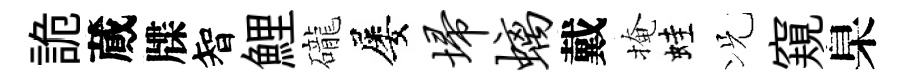
詭蕆牒智鯉礲屡埽螭戴掩蛙况窺臬